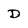
Character: D